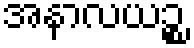
အနာလယဉ္စ